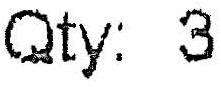
QTY: 3